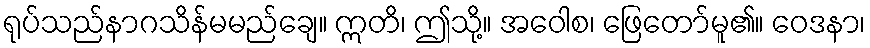
ရုပ်သည်နာဂသိန်မမည်ချေ။ ဣတိ၊ ဤသို့။ အဝေါစ၊ ဖြေတော်မူ၏။ ဝေဒနာ၊